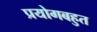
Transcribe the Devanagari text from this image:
प्रयोगबहुत